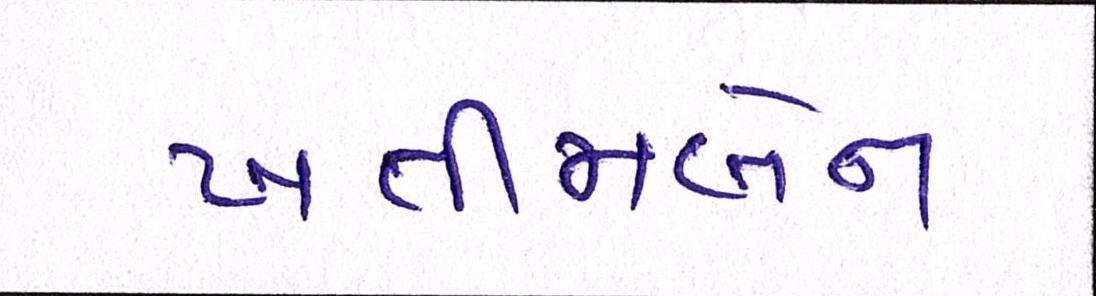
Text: ખતીજાબેન